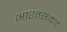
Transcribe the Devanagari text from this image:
भारतसम्राट्